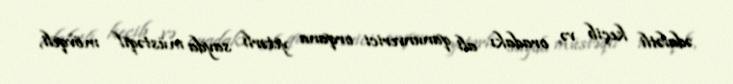
ədalətli keçib və oradakı ali qanunverici orqana yetərli sayda müstəqil mövqeli,